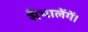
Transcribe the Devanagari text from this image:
सँभालेंगें।